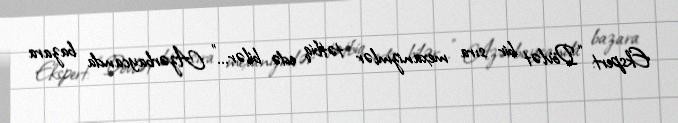
Ekspert: “Dövlət bir sıra mexanizmlər tətbiq edə bilər...” Azərbaycanda bazara